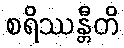
စရိဿန္တီတိ